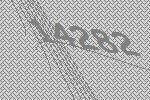
14282